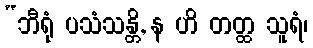
“ဘီရုံ ပသံသန္တိ, န ဟိ တတ္ထ သူရံ၊